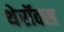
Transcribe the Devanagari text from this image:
थेरॉक्स